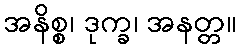
အနိစ္စ၊ ဒုက္ခ၊ အနတ္တ။